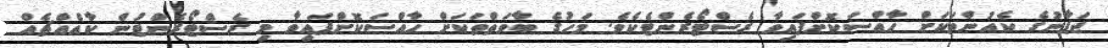
ޖަޕާނުގެ ކެއުންތަކަށް ހާއްސަކޮށްފައިވާ ރެސްޓޯރެންޓެކެވެ. މަހުގެ ބާވަތްތަކަށް ހާއްސަކޮށްފައިވާ މި ރެސްޓޯރެންޓުން ކާއެއްޗެއް